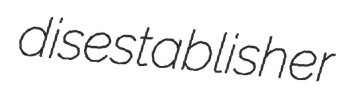
disestablisher